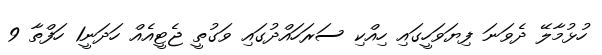
ހުޅުމާލޭ ދެވަނަ ފިޔަވަހީގައި ހިއްކި ސަރަހައްދުގައި ވަގުތީ ޖެޓީއެއް ހަދަނީ1 ހަފްތާ 9